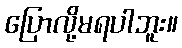
ပြောလို့မရပါဘူး။